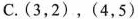
C.(3，2)，(4，5)